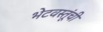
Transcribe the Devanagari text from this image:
भेटवस्तूंची